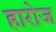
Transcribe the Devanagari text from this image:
हारोज